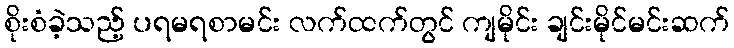
စိုးစံခဲ့သည့် ပရမရစာမင်း လက်ထက်တွင် ကျမိုင်း ချင်းမိုင်မင်းဆက်